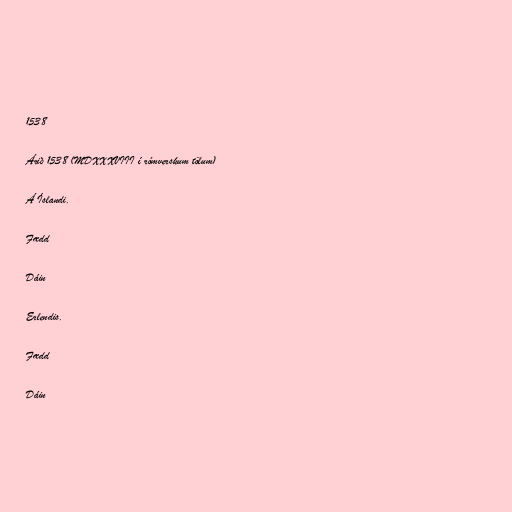
1538

Árið 1538 (MDXXXVIII í rómverskum tölum)

Á Íslandi.

Fædd

Dáin

Erlendis.

Fædd

Dáin